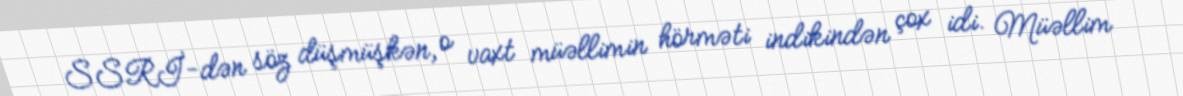
SSRİ-dən söz düşmüşkən, o vaxt müəllimin hörməti indikindən çox idi. Müəllim